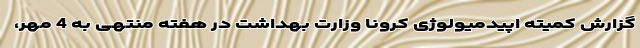
گزارش کمیته اپیدمیولوژی کرونا وزارت بهداشت در هفته منتهی به 4 مهر،